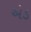
એડ